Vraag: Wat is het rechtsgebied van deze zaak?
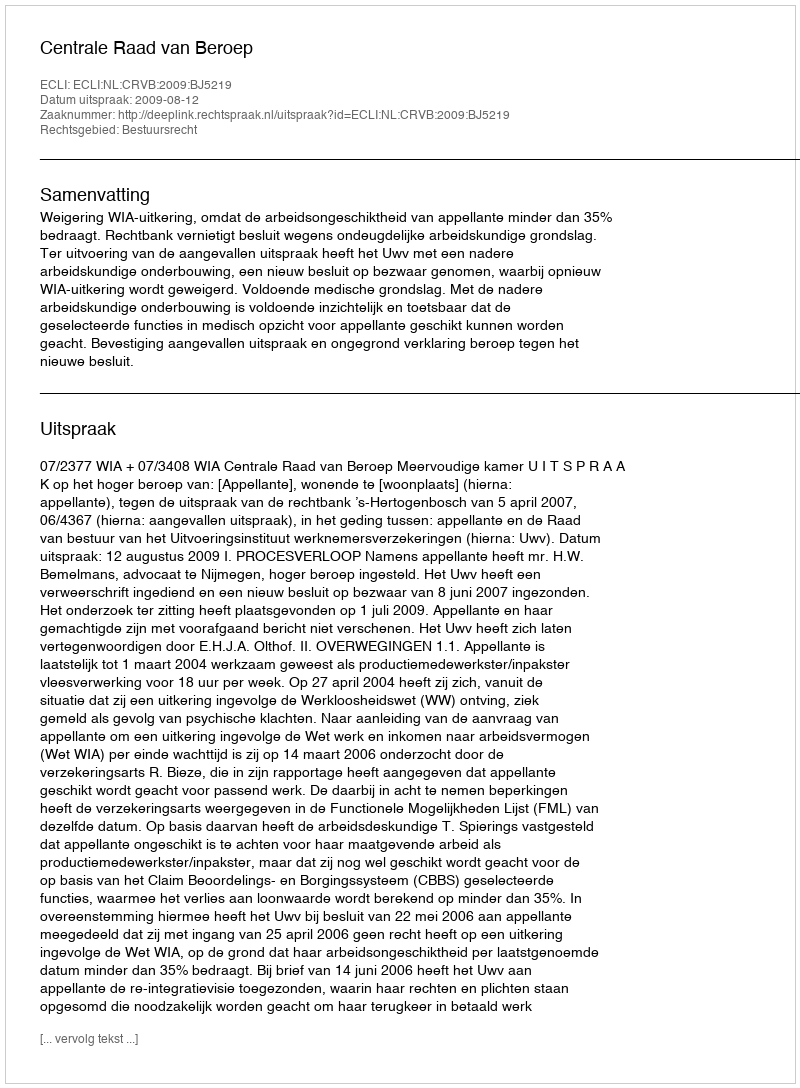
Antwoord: Bestuursrecht